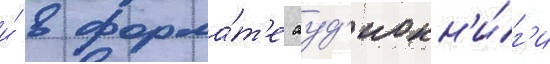
и́ в форма́т'е ауд'иокн'и́г'и